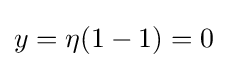
{\textstyle y=\eta (1-1)=0}